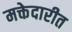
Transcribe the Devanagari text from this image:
मक्तेदारीत